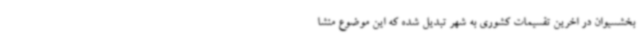
بخشسیوان در اخرین تقسیمات کشوری به شهر تبدیل شده که این موضوع منشا